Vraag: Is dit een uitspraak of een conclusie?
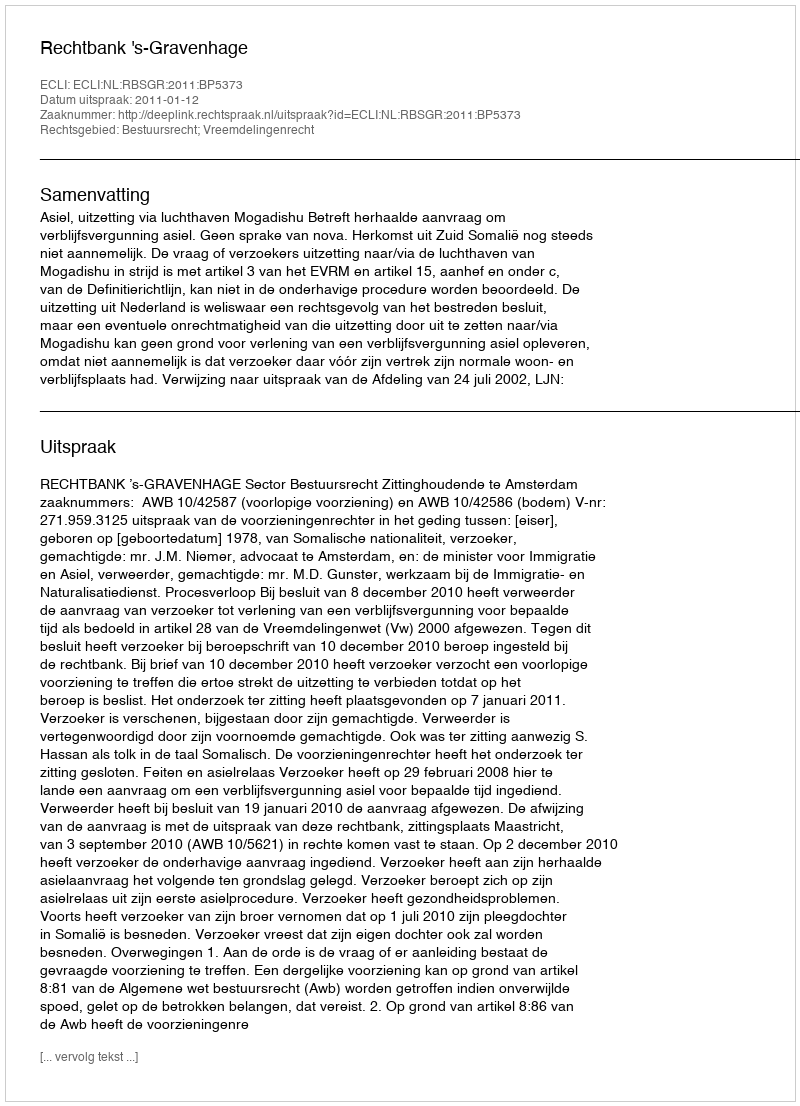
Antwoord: Uitspraak